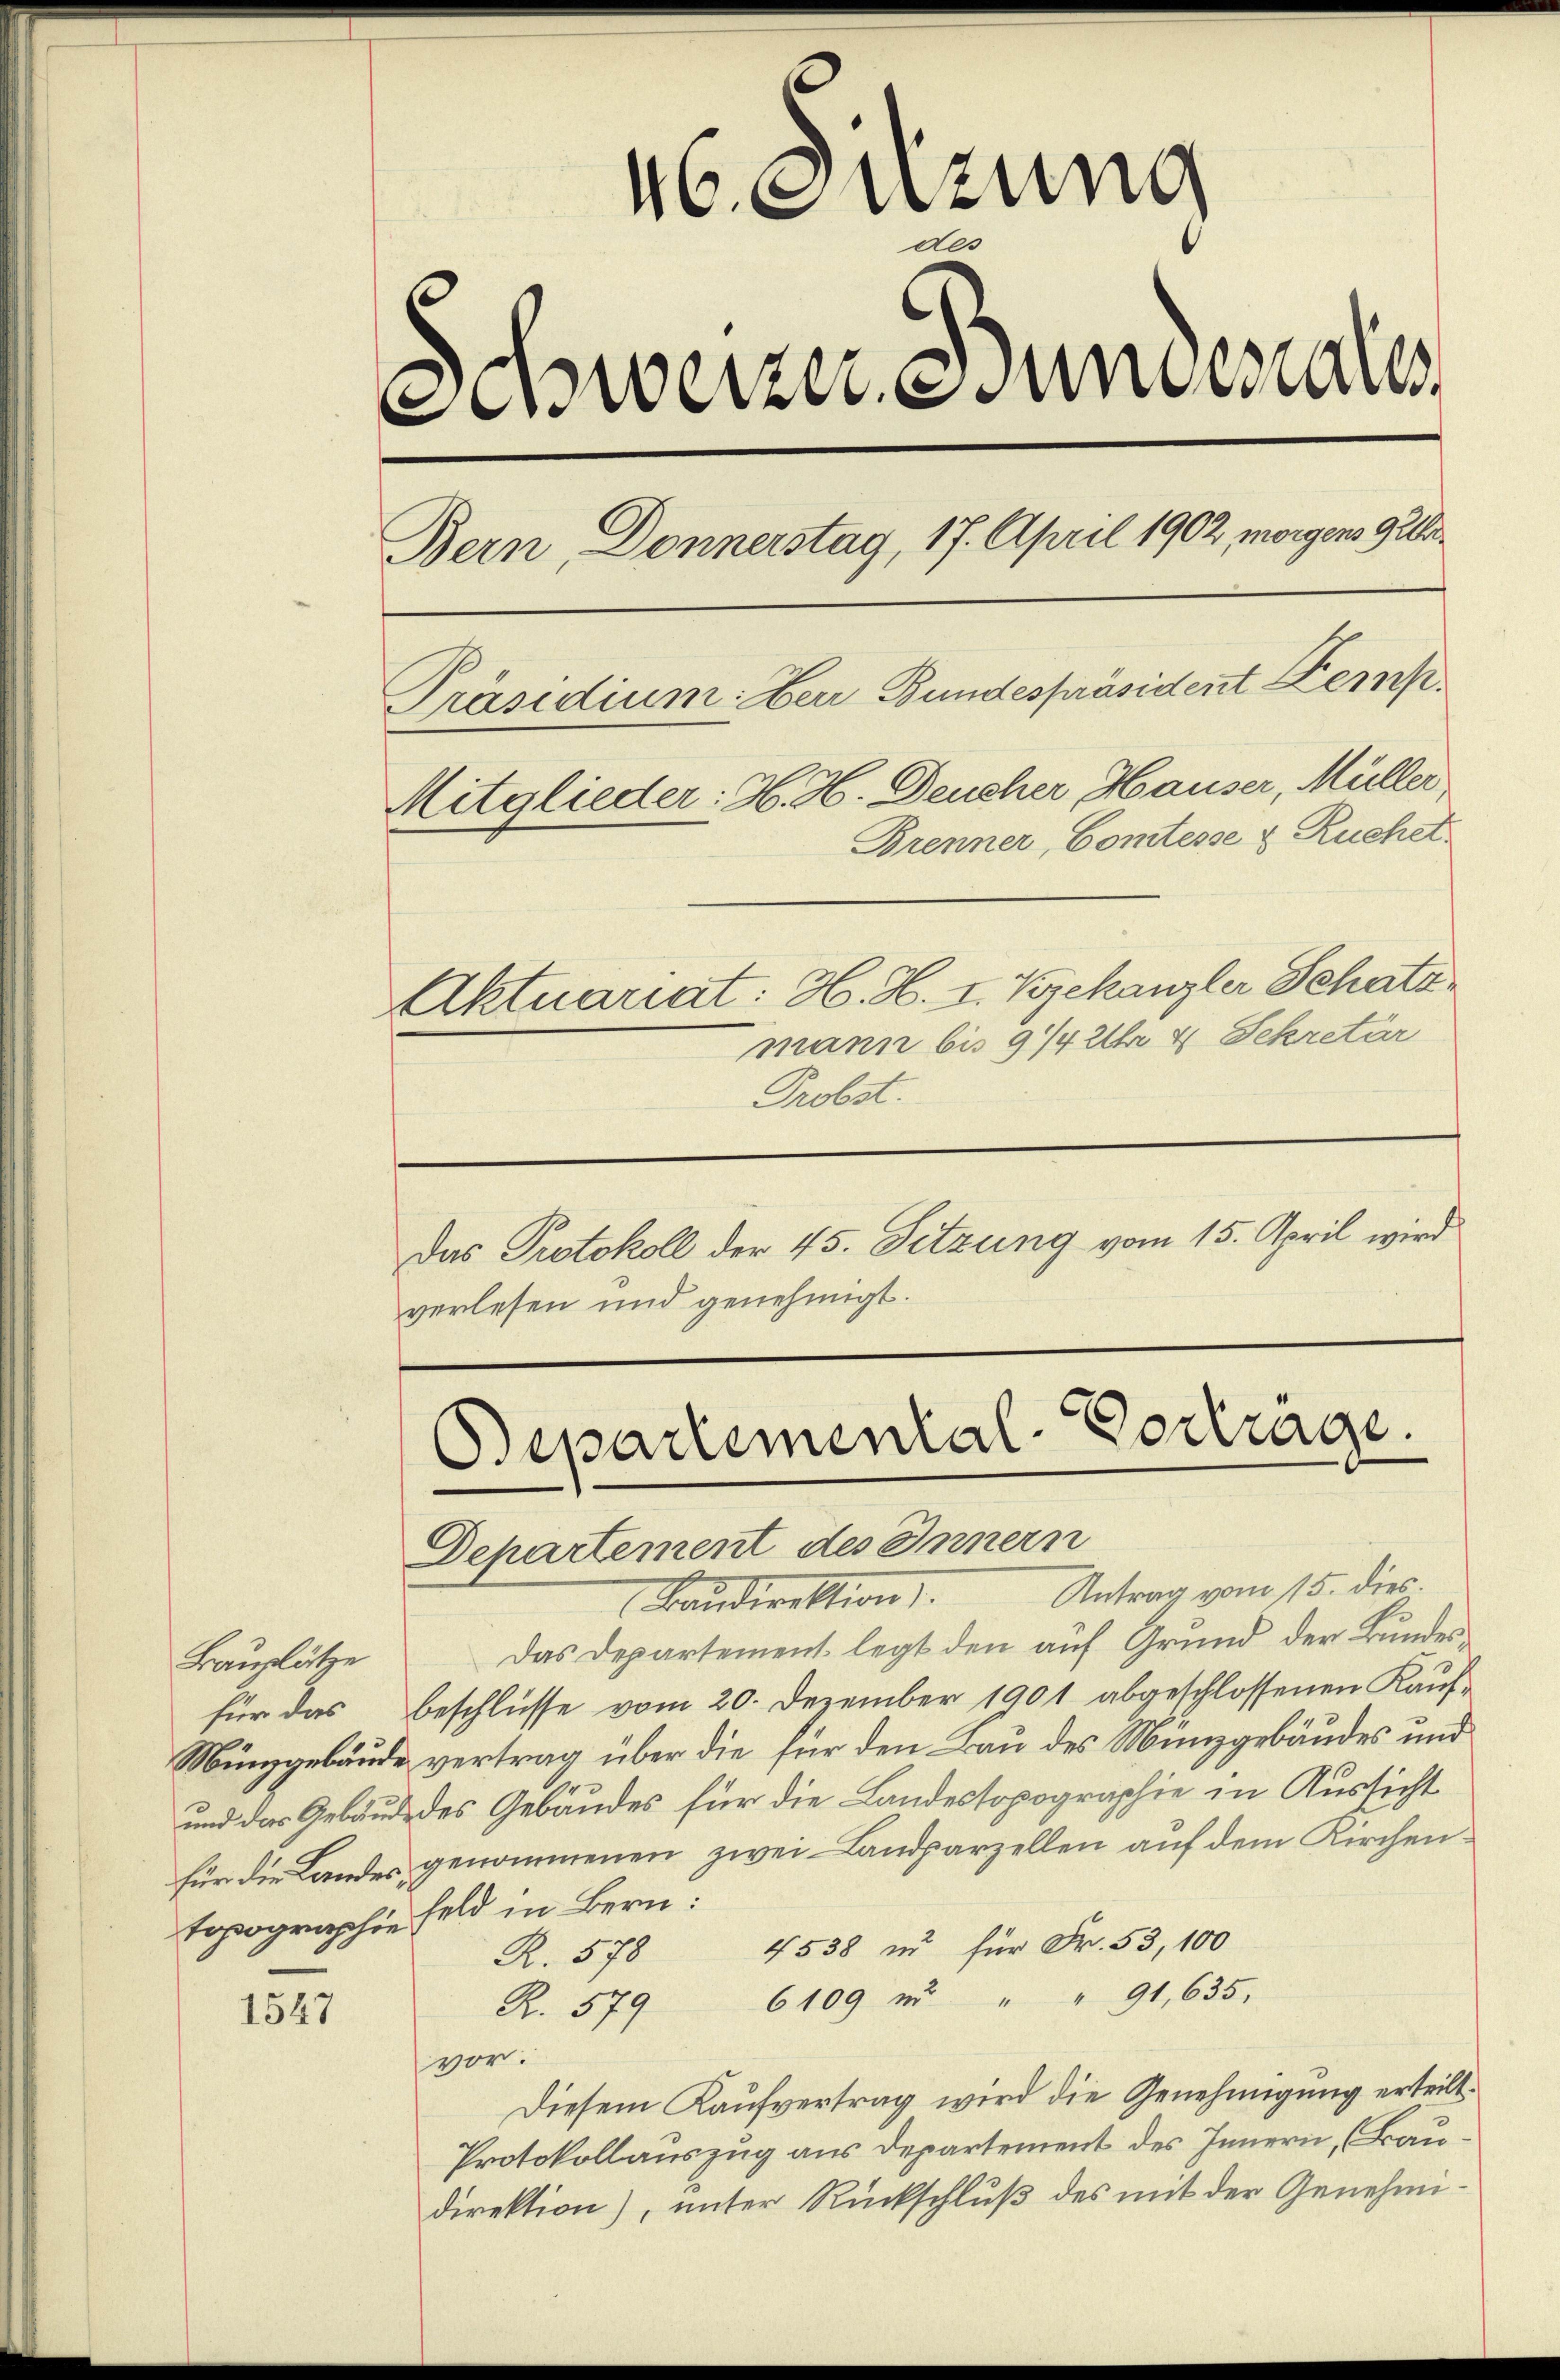
1547

46. Suzung
A
werzen undesaus
Bern Donnerstag, 17. April 1902 morgens gela¬
Präsidium: Berr Bundespräsident Kemp¬
Mitglieder: H. H. Deucher Hauser, Müller
Brenner, Comtesse & Ruchet
Aktuariat: H. H. I. Bekanzler Schatz
mann bis 974 2tr 4 Sekretär
Probst.

Bauplätze

verlesen und genehmigt.

Das Protokoll der 45. Setzung vom 15. April wird

Departemental-Vortrage.
Departement des Innern
Antrag vom 15. dies

Baudirektion.
Das Departement legt den auf Grund der Bundesfür das Beschlüsse vom 20. Dezember 1901 abgeschlossenen Kauf-
Münzgebäude vertrag über die für den Bau des Münzgebäudes und
und das Gebäude des Gebäudes für die Landestopographie in Aussicht
für die Landes genommenen zwei- Landparzellen auf dem Kirchentopographie Feld in Bern:
4538 zu für Fr. 53, 100
R. 578
6109 u. " " 91, 635.
R. 579
vor:
Diesem Kaufvertrag wird die Genehmigung erteilt.
Protokollauszug aus Departement des Innern, (Frau.
direktion), unter Rückschluß des mit der Genehmi¬